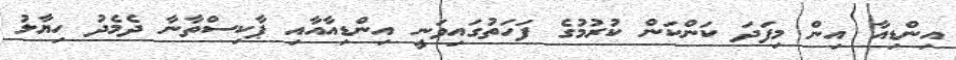
އިންޑިއާ އިން މިފަދަ ކަންކަން ކުރުމުގެ ފަހަތުގައިވަނީ އިންޑިއާއާއި ޕާކިސްތާނާ ދެމެދު ހިޔާލު